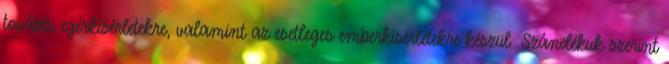
további egérkísérletekre, valamint az esetleges emberkísérletekre készül. Szándékuk szerint